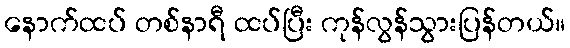
နောက်ထပ် တစ်နာရီ ထပ်ပြီး ကုန်လွန်သွားပြန်တယ်။